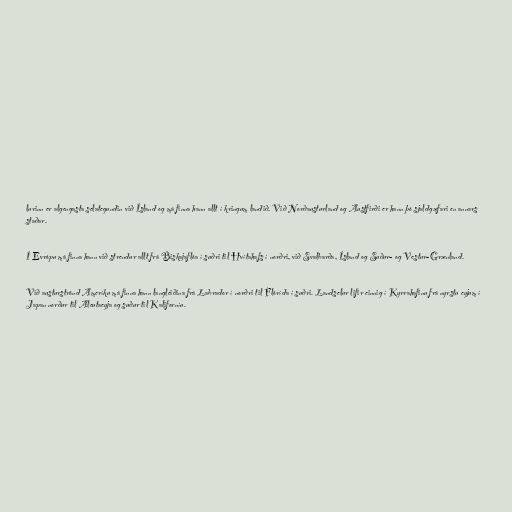
lurinn er algengasta selategundin við Ísland og má finna hann allt í kringum landið. Við Norðausturland og Austfirði er hann þó sjaldgæfari en annars
staðar.

Í Evrópu má finna hann við strendur allt frá Biskajaflóa í suðri til Hvítahafs í norðri, við Svalbarða, Ísland og Suður- og Vestur-Grænland.

Við austurströnd Ameríku má finna hann langleiðina frá Labrador í norðri til Flórída í suðri. Landselur lifir einnig í Kyrrahafinu frá nyrstu eyjum í
Japan norður til Aleutaeyja og suður til Kaliforníu.